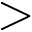
>